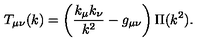
T _ { \mu \nu } ( k ) = \left( \frac { k _ { \mu } k _ { \nu } } { k ^ { 2 } } - g _ { \mu \nu } \right) \Pi ( k ^ { 2 } ) .